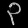
Digit: ၃